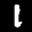
Label: 1